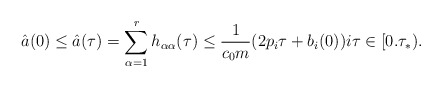
\begin{align*}\hat{a}(0) \leq \hat{a}(\tau) =\sum_{\alpha =1}^r h_{\alpha \alpha} (\tau) \leq \frac{1}{c_0m} (2p_i \tau + b_i(0)) i \tau \in [0.\tau_*). \end{align*}